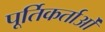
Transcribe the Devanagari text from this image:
पूर्तिकर्ताओं